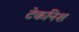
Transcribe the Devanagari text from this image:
टेकनिश